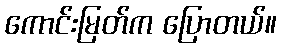
ကောင်းမြတ်က ပြောတယ်။